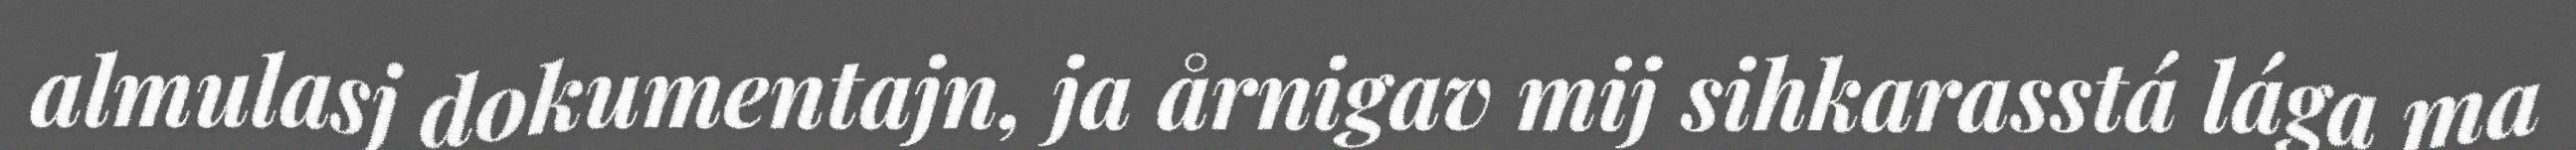
almulasj dokumentajn, ja årnigav mij sihkarasstá lága ma